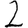
Digit: 2